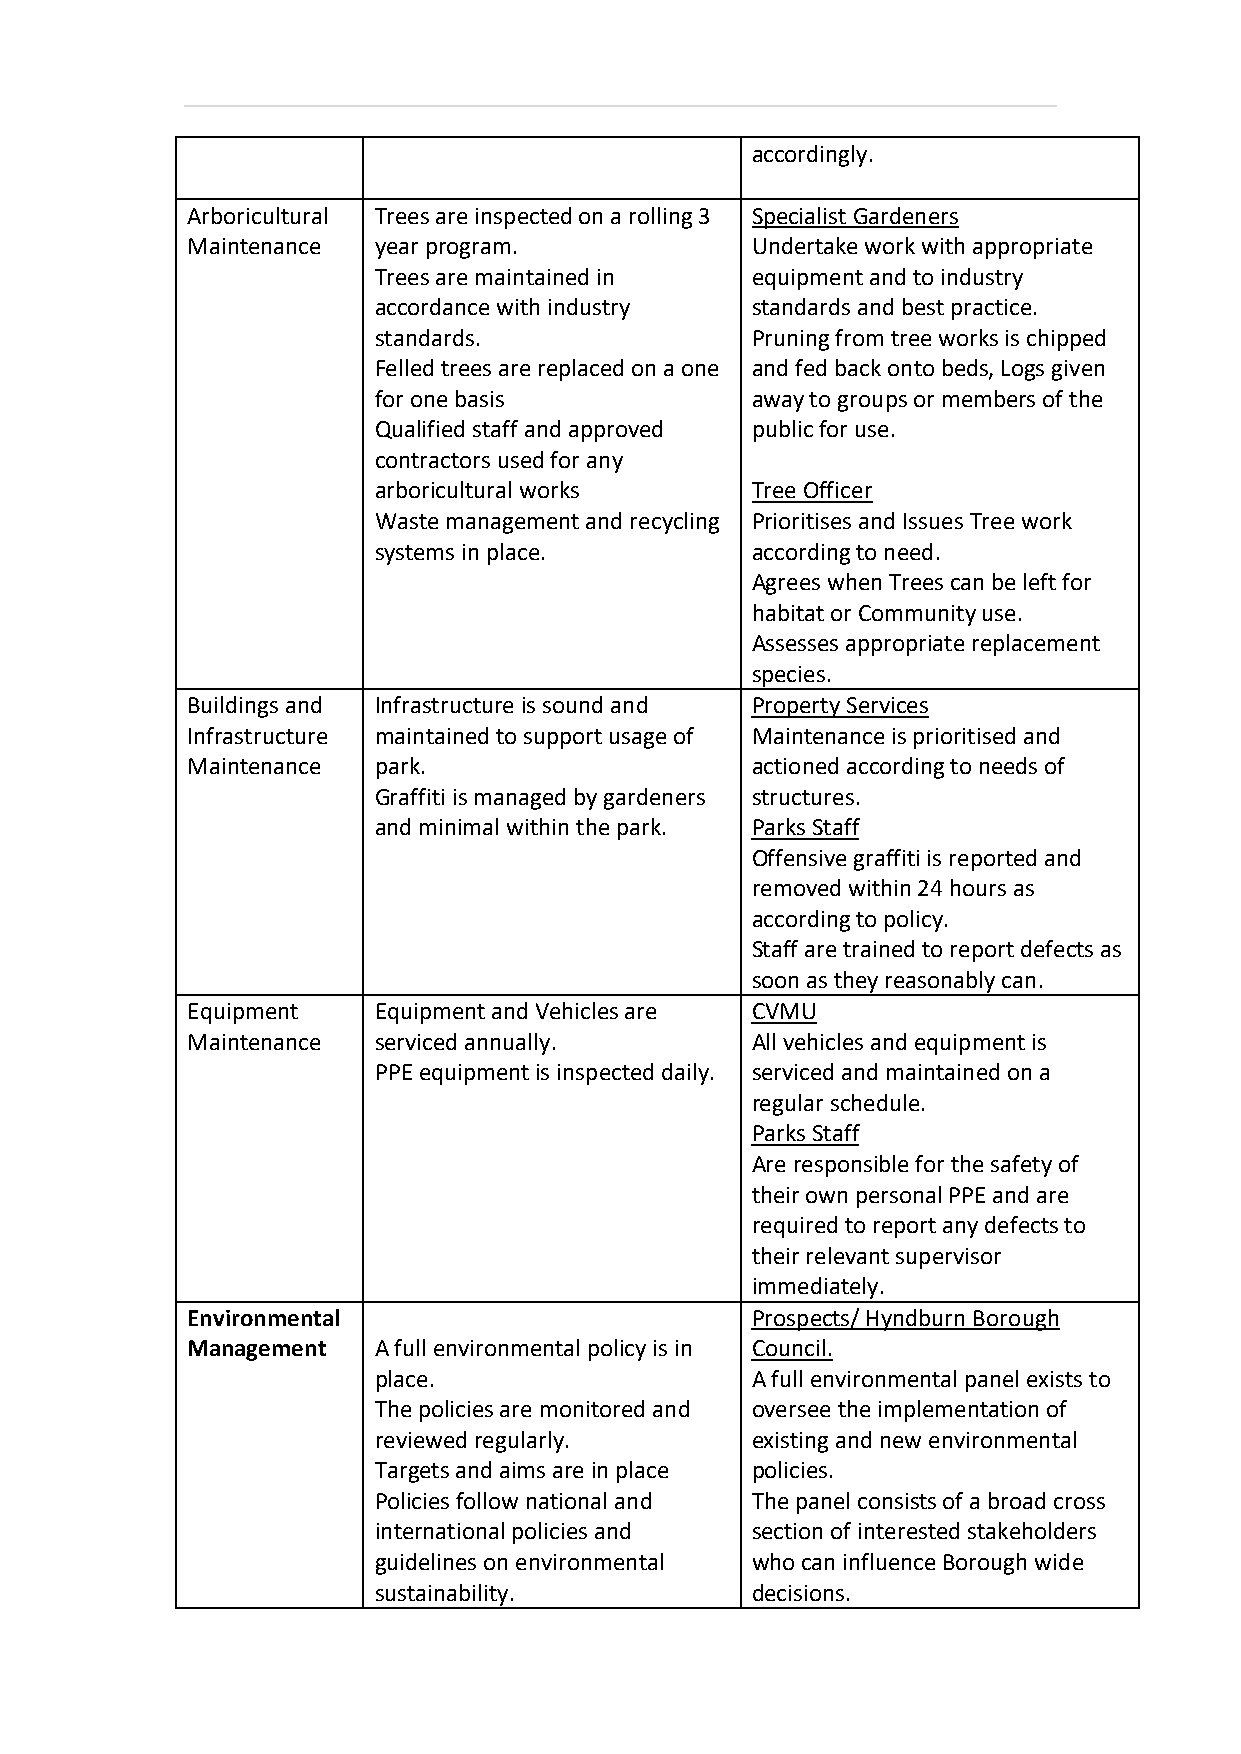
accordingly.
 Arboricultural Trees are inspected on a rolling 3 Specialist Gardeners
 Maintenance  year program.            Undertake work with appropriate
 Trees are maintained in  equipment and to industry
 accordance with industry standards and best practice.
 standards.               Pruning from tree works is chipped
 Felled trees are replaced on a one and fed back onto beds, Logs given
 for one basis            away to groups or members of the
 Qualified staff and approved public for use.
 contractors used for any
 arboricultural works     Tree Officer
 Waste management and recycling Prioritises and Issues Tree work
 systems in place.        according to need.
 Agrees when Trees can be left for
 habitat or Community use.
 Assesses appropriate replacement
 species.
 Buildings and Infrastructure is sound and Property Services
 Infrastructure maintained to support usage of Maintenance is prioritised and
 Maintenance  park.                    actioned according to needs of
 Graffiti is managed by gardeners structures.
 and minimal within the park. Parks Staff
 Offensive graffiti is reported and
 removed within 24 hours as
 according to policy.
 Staff are trained to report defects as
 soon as they reasonably can.
 Equipment    Equipment and Vehicles are CVMU
 Maintenance  serviced annually.       All vehicles and equipment is
 PPE equipment is inspected daily. serviced and maintained on a
 regular schedule.
 Parks Staff
 Are responsible for the safety of
 their own personal PPE and are
 required to report any defects to
 their relevant supervisor
 immediately.
 Environmental                         Prospects/ Hyndburn Borough
 Management   A full environmental policy is in Council.
 place.                   A full environmental panel exists to
 The policies are monitored and oversee the implementation of
 reviewed regularly.      existing and new environmental
 Targets and aims are in place policies.
 Policies follow national and The panel consists of a broad cross
 international policies and section of interested stakeholders
 guidelines on environmental who can influence Borough wide
 sustainability.          decisions.